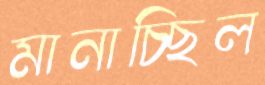
মানাচ্ছিল